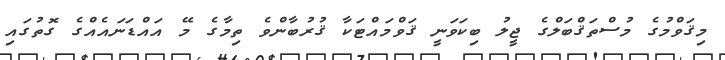
މިޤަވްމުގެ މުސްތަޤްބަލްގެ ޖީލު ބިކަވަނީ ޤަވްމައްޓަކާ ޤުރުބާންވެ ތިމާގެ މޭ އައްޑަނައެއްގެ ގޮތުގައި